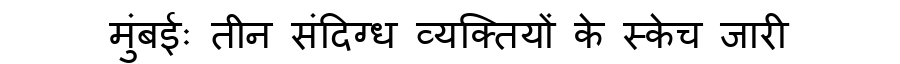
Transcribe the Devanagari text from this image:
मुंबईः तीन संदिग्ध व्यक्तियों के स्केच जारी